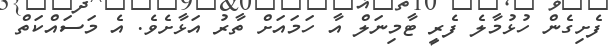
ފެށިގެން ހުޅުމާލެ ފެރީ ޓާމިނަލް އާ ހަމައަށް ތާރު އަޅާށެވެ. އެ މަސައްކަތް